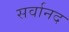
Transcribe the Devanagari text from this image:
सर्वानद